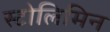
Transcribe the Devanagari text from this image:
स्टोलिमिन